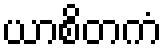
ယာစိတကံ